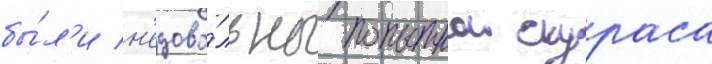
бы́л'и н'едово́льны попыткои скураса